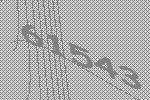
61543